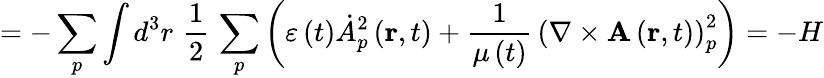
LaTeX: =-\sum_{p}\int d^{3}r\, \, \frac{1}{2}\, \sum_{p}\left(\varepsilon\left(t\right)\dot{A}_{p}^{2}\left(\mathbf{r},t\right)+\frac{1}{\mu\left(t\right)}\, \left(\nabla\times\mathbf{A}\left(\mathbf{r},t\right)\right)_{p}^{2}\right)=-H